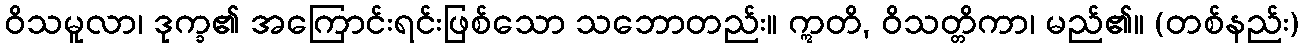
ဝိသမူလာ၊ ဒုက္ခ၏ အကြောင်းရင်းဖြစ်သော သဘောတည်း။ ဣတိ, ဝိသတ္တိကာ၊ မည်၏။ (တစ်နည်း)